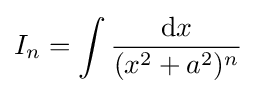
I_{n}=\int {\frac {{\text{d}}x}{(x^{2}+a^{2})^{n}}}\,\!